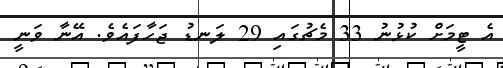
އެ ޓީމަށް ކުޅުނު 33 މެޗުގައި 29 ލަނޑު ޖަހާފައެވެ. އޭނާ ވަނީ